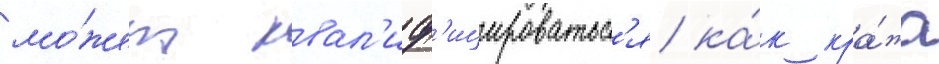
мо́жет квал'иф'ицироватьс'я ка́к кра́жа